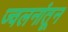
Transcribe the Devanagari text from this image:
ज्वलनांतून